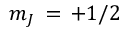
m _ { J } \, = \, + 1 / 2